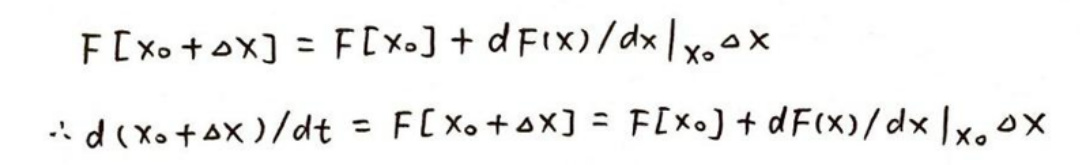
\[
\begin{align*}
F[x_0+\Delta x]&=F[x_0]+\left.\frac{dF(x)}{dx}\right|_{x_0}\Delta x\\
\therefore\frac{d(x_0 + \Delta x)}{dt}&=F[x_0+\Delta x]=F[x_0]+\left.\frac{dF(x)}{dx}\right|_{x_0}\Delta x
\end{align*}
\]